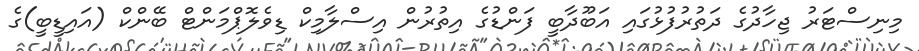
މިނިސްޓަރު ޖިހާދުގެ ދަތުރުފުޅުގައި އަބޫދާބީ ފަންޑުގެ އިތުރުން އިސްލާމިކް ޑިވެލޮޕްމަންޓް ބޭންކް (އައިޑީބީ)ގެ